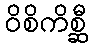
ဝိစိကိစ္ဆီ